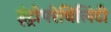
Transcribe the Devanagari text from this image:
इंट्रोपरेबिलिटी